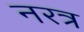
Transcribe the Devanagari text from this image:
नरत्र